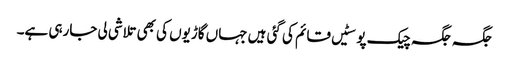
جگہ جگہ چیک پوسٹیں قائم کی گئی ہیں جہاں گاڑیوں کی بھی تلاشی لی جارہی ہے۔